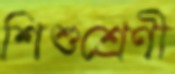
শিশুশ্রেণী